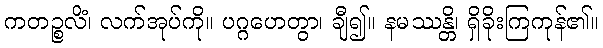
ကတဉ္စလိံ၊ လက်အုပ်ကို။ ပဂ္ဂဟေတွာ၊ ချီ၍။ နမဿန္တိ၊ ရှိခိုးကြကုန်၏။